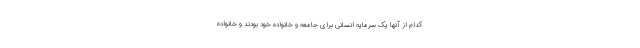
کدام از آنها یک سرمایه انسانی برای جامعه و خانواده خود بودند و خانواده